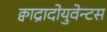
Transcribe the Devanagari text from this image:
क्वाद्रादोयुवेन्टस